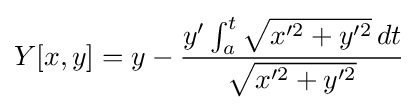
Y[x,y]=y-{\frac {y'\int _{a}^{t}{\sqrt {x'^{2}+y'^{2}}}\,dt}{\sqrt {x'^{2}+y'^{2}}}}